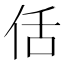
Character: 佸